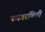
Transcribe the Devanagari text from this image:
पद्मतरंगिणी